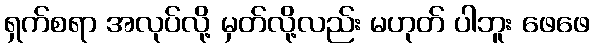
ရှက်စရာ အလုပ်လို့ မှတ်လို့လည်း မဟုတ် ပါဘူး ဖေဖေ